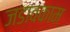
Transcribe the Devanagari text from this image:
जडावकाम